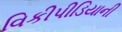
વિકીપીડિયાની